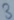
Text: 3